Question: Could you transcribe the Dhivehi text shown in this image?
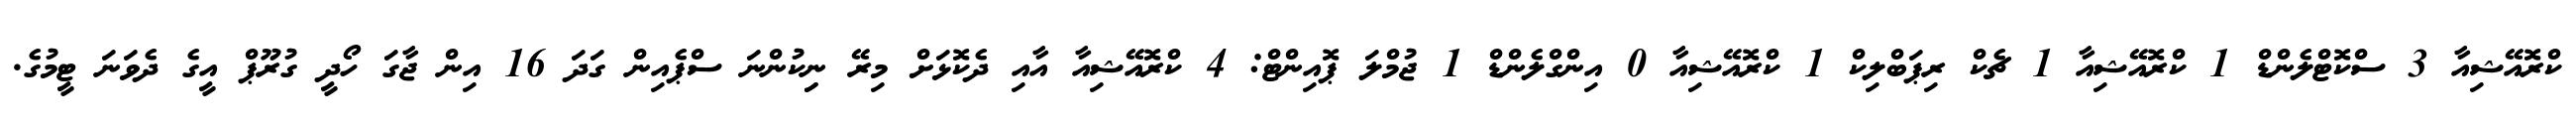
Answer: ކްރޮއޭޝިއާ 3 ސްކޮޓްލެންޑް 1 ކްރޮއޭޝިއާ 1 ޗެކް ރިޕަބްލިކް 1 ކްރޮއޭޝިއާ 0 އިންގްލެންޑް 1 ޖުމްލަ ޕޮއިންޓް: 4 ކްރޮއޭޝިއާ އާއި ދެކޮޅަށް މިރޭ ނިިކުންނަ ސްޕެއިން ގަދަ 16 އިން ޖާގަ ހޯދީ ގުރޫޕް އީގެ ދެވަނަ ޓީމުގެ.